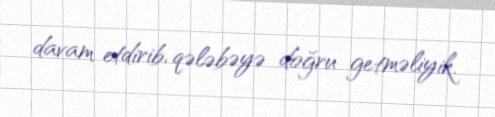
davam etdirib, qələbəyə doğru getməliyik.